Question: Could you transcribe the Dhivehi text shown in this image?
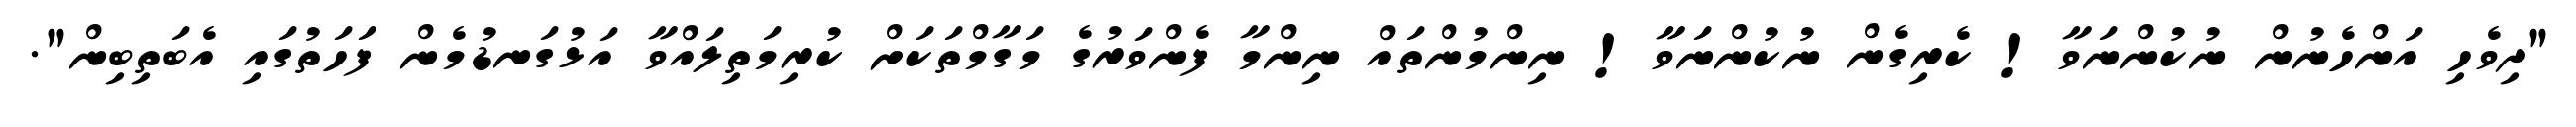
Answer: "ދިވެހި އަންހެނުން ނުކުންނަވާ! ކެރިގެން ނުކުންނަވާ! ނިންމުންތައް ނިންމާ ފެންވަރުގެ މަގާމްތަކަށް ކުރިމަތިލައްވާ އަޅުގަނޑުމެން ފަހަތުގައި އެބަތިބިން".